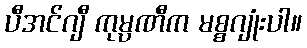
ပီအင်ဂျီ ကုမ္ပဏီက မစ္စဂျုံးပါ။